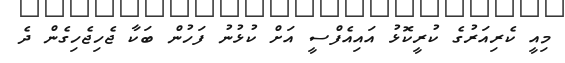
މިއީ ކެރިއަރުގެ ކުރީކޮޅު އައިއެފްސީ އަށް ކުޅުނު ފަހުން ބަކާ ޖެހިޖެހިގެން ދެ